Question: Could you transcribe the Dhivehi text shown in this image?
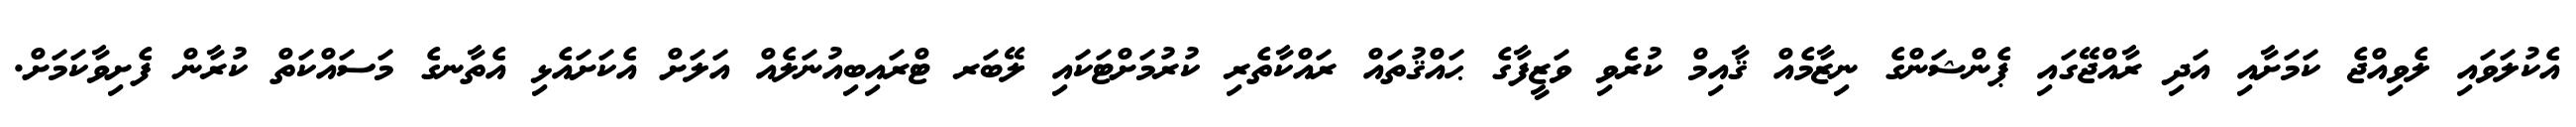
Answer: އެކުލަވައި ލެވިއްޖެ ކަމަށާއި އަދި ރާއްޖޭގައި ޕެންޝަންގެ ނިޒާމެއް ޤާއިމް ކުރެވި ވަޒީފާގެ ޙައްޤުތައް ރައްކާތެރި ކުރުމަށްޓަކައި ލޭބަރ ޓްރައިބިއުނަލެއް އަލަށް އެކަށައެޅި އެތާނގެ މަސައްކަތް ކުރާން ފެށިވާކަމަށް.